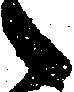
々